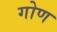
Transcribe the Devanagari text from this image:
गोण